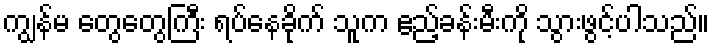
ကျွန်မ တွေတွေကြီး ရပ်နေခိုက် သူက ဧည့်ခန်းမီးကို သွားဖွင့်ပါသည်။